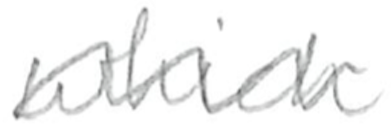
Text: which
Cross-out: mix
Writing tool: pencil